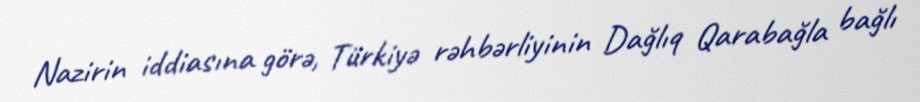
Nazirin iddiasına görə, Türkiyə rəhbərliyinin Dağlıq Qarabağla bağlı